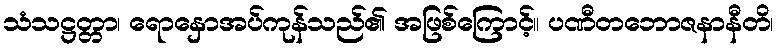
သံသဋ္ဌတ္တာ၊ ရောနှောအပ်ကုန်သည်၏ အဖြစ်ကြောင့်။ ပဏီတဘောဇနာနီတိ၊